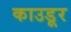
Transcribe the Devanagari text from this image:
काउडूर